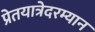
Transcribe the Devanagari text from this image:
प्रेतयात्रेदरम्यान